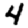
Digit: 4